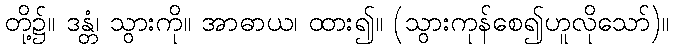
တို့၌။ ဒန္တံ၊ သွားကို။ အာဓာယ၊ ထား၍။ (သွားကုန်စေ၍ဟူလိုသော်)။